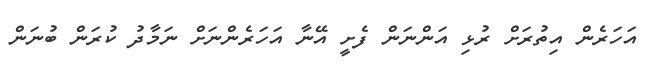
އަހަރެން އިތުރަށް ރުޅި އަންނަން ފެށީ އޭނާ އަހަރެންނަށް ނަމާދު ކުރަން ބުނަން